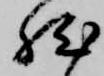
然